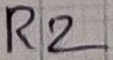
Text: R2